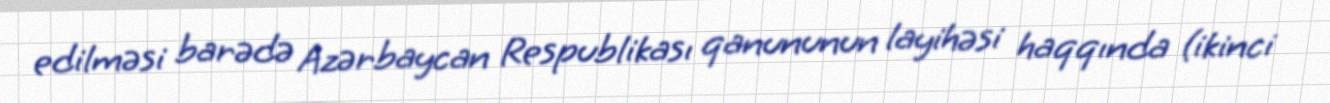
edilməsi barədə Azərbaycan Respublikası qanununun layihəsi haqqında (ikinci